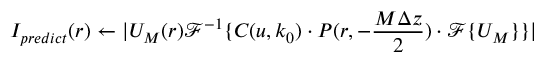
I _ { p r e d i c t } ( r ) \gets | U _ { M } ( r ) \mathscr { F } ^ { - 1 } \{ C ( u , k _ { 0 } ) \cdot { P ( r , - \frac { M \Delta z } { 2 } ) \cdot \mathscr { F } \{ U _ { M } \} } \} |